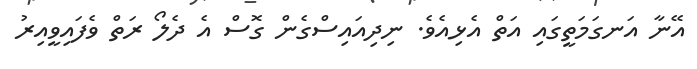
އޭނާ އަނގަމަތީގައި އަތް އެޅިއެވެ. ނިދިއައިސްގެން ގޮސް އެ ދެލޯ ރަތް ވެފައިވީއިރު